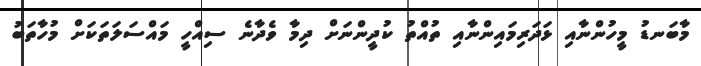
މާބަނޑު މީހުންނާއި ޅަދަރިމައިންނާއި ތުއްތު ކުދީންނަށް ދިމާ ވެދާނެ ސިއްހީ މައްސަލަތަކަށް މުހާތަބު